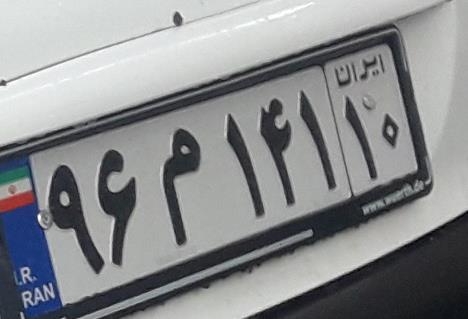
۹۶م۱۴۱۱۰